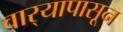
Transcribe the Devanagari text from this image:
वार्‍यापासून